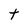
Character: t